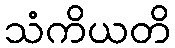
သံကိယတိ